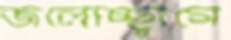
জলোচ্ছ্বাসে